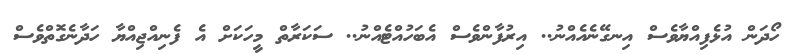
ހޯދަން އުޅެފިއްޔާވެސް އިނގޭނެއެއްނު.. އިރުފާންވެސް އެބަހުއްޓެއްނު.. ސަކަރާތް މީހަކަށް އެ ފެނިއްޖިއްޔާ ހަދާނެގޮތްވެސް